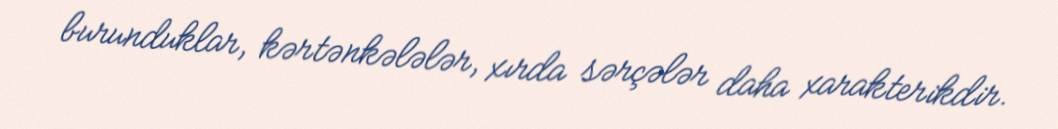
burunduklar, kərtənkələlər, xırda sərçələr daha xarakterikdir.